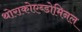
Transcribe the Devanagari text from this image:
थोराकोएब्डोमिनल